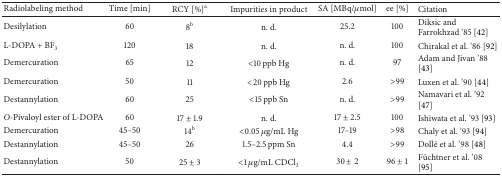
| Radiolabeling method | Time [min] | RCY [%]a | Impurities in product | SA [MBq/μmol] | ee [%] | Citation |
 | --- | --- | --- | --- | --- | --- | --- |
 | Desilylation | 60 | 8b | n. d. | 25.2 | 100 | Diksic and Farrokhzad '85 [42] |
 | L-DOPA + BF3 | 120 | 18 | n. d. | n. d. | 100 | Chirakal et al. '86 [92] |
 | Demercuration | 65 | 12 | <10 ppb Hg | n. d. | 97 | Adam and Jivan '88 [43] |
 | Demercuration | 50 | 11 | <20 ppb Hg | 2.6 | >99 | Luxen et al. '90 [44] |
 | Destannylation | 60 | 25 | <15 ppb Sn | n. d. | >99 | Namavari et al. '92 [47] |
 | O-Pivaloyl ester of L-DOPA | 60 | 17 ± 1.9 | n. d. | 17 ± 2.5 | 100 | Ishiwata et al. '93 [93] |
 | Demercuration | 45–50 | 14b | <0.05 μg/mL Hg | 17–19 | >98 | Chaly et al. '93 [94] |
 | Destannylation | 45–50 | 26 | 1.5–2.5 ppm Sn | 4.4 | >99 | Dollé et al. '98 [48] |
 | Destannylation | 50 | 25 ± 3 | <1 μg/mL CDCl3 | 30 ± 2 | 96 ± 1 | Füchtner et al. '08 [95] |